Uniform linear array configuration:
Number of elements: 48
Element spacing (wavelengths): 1
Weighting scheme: uniform
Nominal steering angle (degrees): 15
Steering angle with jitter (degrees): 13.814
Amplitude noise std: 0.05
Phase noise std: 0.05

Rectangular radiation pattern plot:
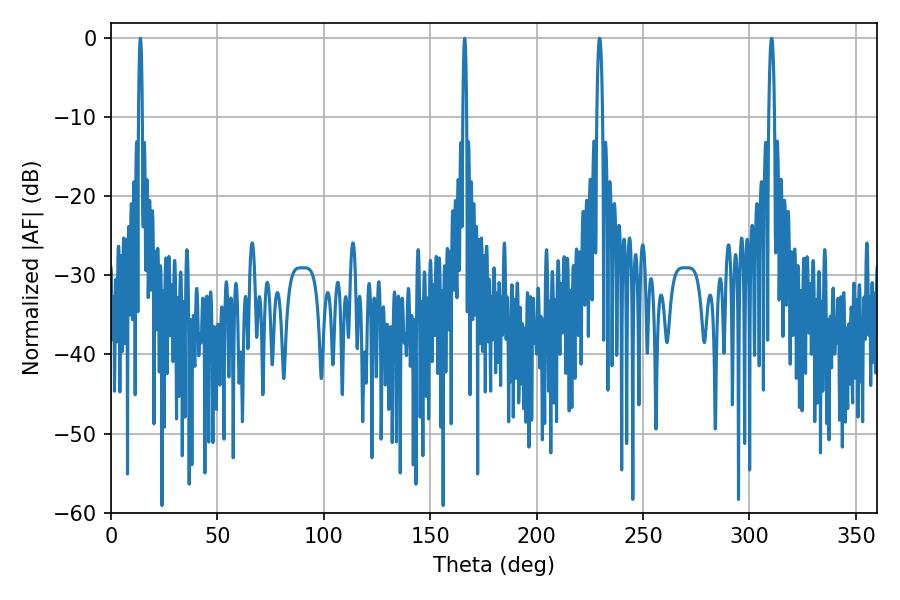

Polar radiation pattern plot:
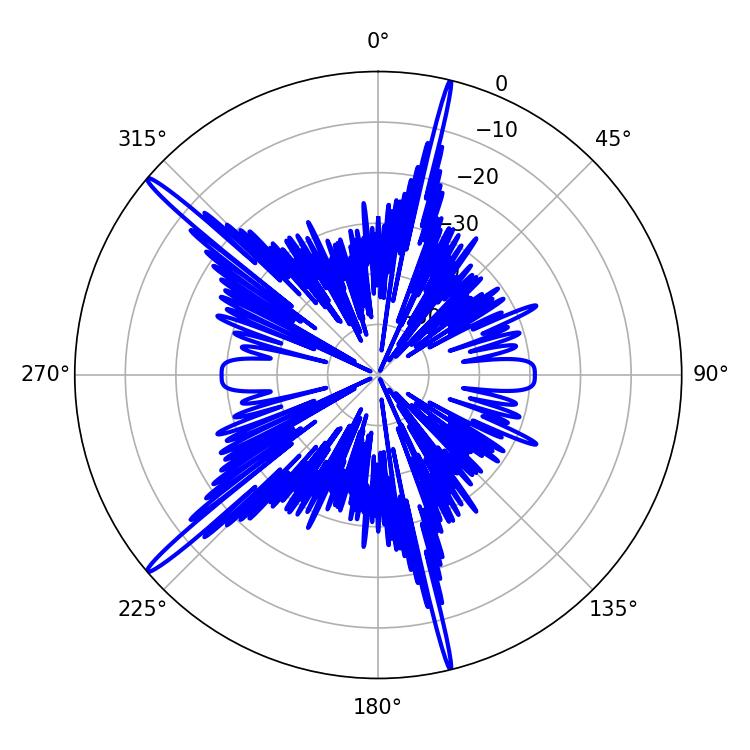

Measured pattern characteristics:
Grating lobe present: TRUE
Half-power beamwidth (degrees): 0.9
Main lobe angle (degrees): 166.14